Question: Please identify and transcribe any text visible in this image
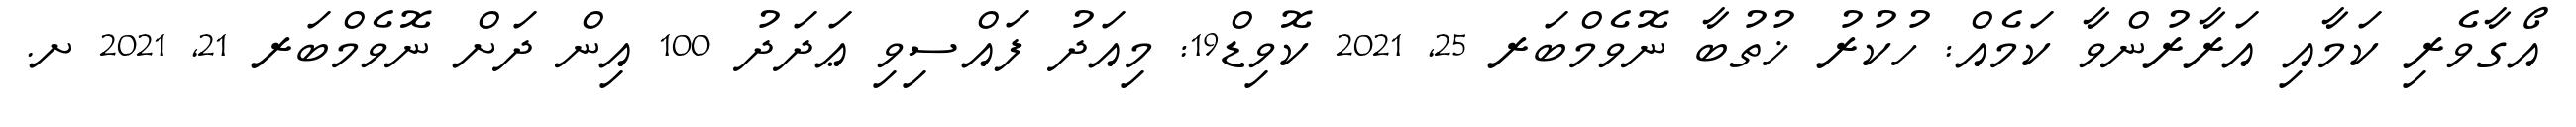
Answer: އޯގާވެރި ކަމާއި އަރާރުންވާ ކަމެއް: ހުކުރު ޚުތުބާ ނޮވެމްބަރ 25, 2021 ކޮވިޑް19: މިއަދު ފައްސިވި ޢަދަދު 100 އިން ދަށް ނޮވެމްބަރ 21, 2021 ށ.